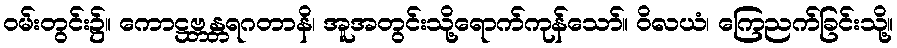
ဝမ်းတွင်း၌။ ကောဋ္ဌဗ္ဘန္တရဂတာနိ၊ အူအတွင်းသို့ရောက်ကုန်သော်။ ဝိလယံ၊ ကြေညက်ခြင်းသို့။